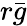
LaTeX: r{\bar{g}}